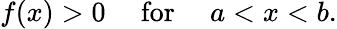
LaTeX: f(x)>0\quad{\mathrm{~for~}}\quad a<x<b.